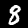
Label: 8